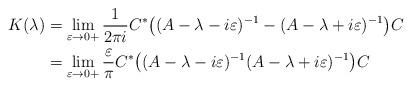
LaTeX: \begin{align*} K(\lambda)& = \lim_{\varepsilon\rightarrow 0+}\frac{1}{2\pi i} C^* \bigl((A-\lambda-i\varepsilon)^{-1}- (A-\lambda+i\varepsilon)^{-1}\bigr)C \\ &=\lim_{\varepsilon\rightarrow 0+}\frac{\varepsilon}{\pi } C^* \bigl((A-\lambda-i\varepsilon)^{-1}(A-\lambda+i\varepsilon)^{-1}\bigr)C \end{align*}